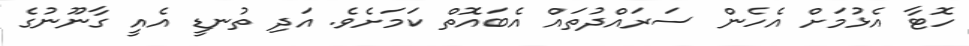
ހޮޓާ އެޅުމަށް އެހެން ސަރައްދުތައް އެބައޮތް ކަމަށެވެ. އަދި ތުނޑީ އެއީ ގާނޫނުގެ